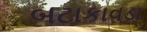
બટાકાવડા